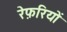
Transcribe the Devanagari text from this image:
रेफ़रियों